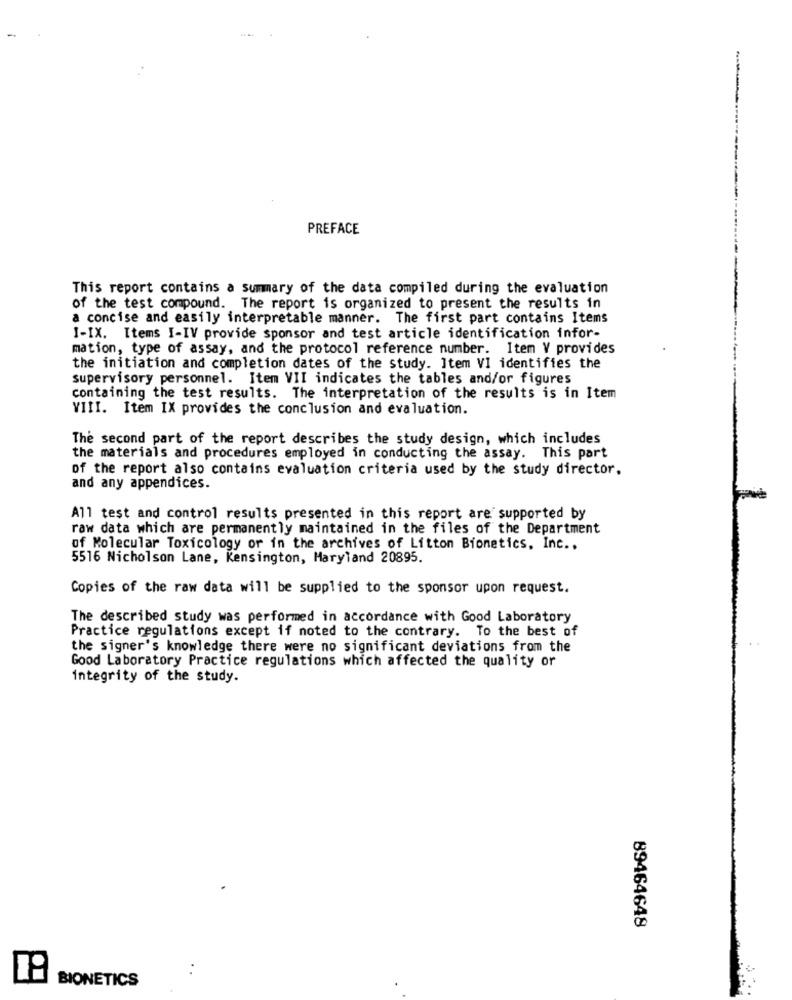
PREFACE
This report contains a summary of the data compiled during the evaluation
of the test compound. The report is organized to present the results in
a concise and easily interpretable manner. The first part contains Items
I-IX. Items I-IV provide sponsor and test article identification infor-
mation, type of assay, and the protocol reference number. Item V provides
the initiation and completion dates of the study. Item VI identifies the
supervisory personnel. Item VII indicates the tables and/or figures
containing the test results. The interpretation of the results is in Item
VIII. Item IX provides the conclusion and evaluation.
The second part of the report describes the study design, which includes
the materials and procedures employed in conducting the assay. This part
of the report also contains evaluation criteria used by the study director.
and any appendices.
All test and control results presented in this report are supported by
raw data which are permanently maintained in the files of the Department
of Molecular Toxicology or in the archives of Litton Bionetics, Inc .,
5516 Nicholson Lane, Kensington, Maryland 20895.
Copies of the raw data will be supplied to the sponsor upon request.
The described study was performed in accordance with Good Laboratory
Practice regulations except if noted to the contrary. To the best of
the signer's knowledge there were no significant deviations from the
Good Laboratory Practice regulations which affected the quality or
integrity of the study.
89464648
BIONETICS